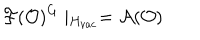
\mathcal { F } ( \mathcal { O } ) ^ { G } \mid _ { H _ { v a c } } = \mathcal { A ( O ) }